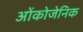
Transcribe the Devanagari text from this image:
ओंकोजेनिक